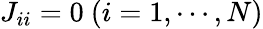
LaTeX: J_{ii}=0~(i=1,\cdots,N)